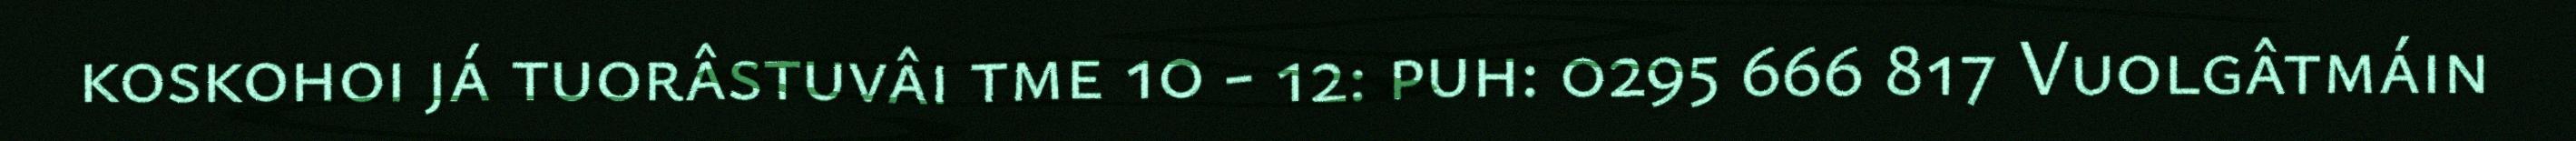
koskohoi já tuorâstuvâi tme 10 - 12: puh: 0295 666 817 Vuolgâtmáin